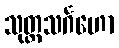
သုတ္တသင်္ဂဟော